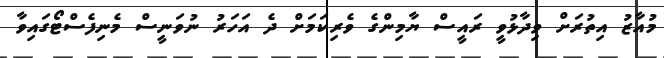
މުއާޒު އިތުރަށް ވިދާޅުވީ ރައީސް ޔާމިންގެ ވެރިކަމަށް ދެ އަހަރު ނުވަނީސް މެނިފެސްޓޯގައިވާ